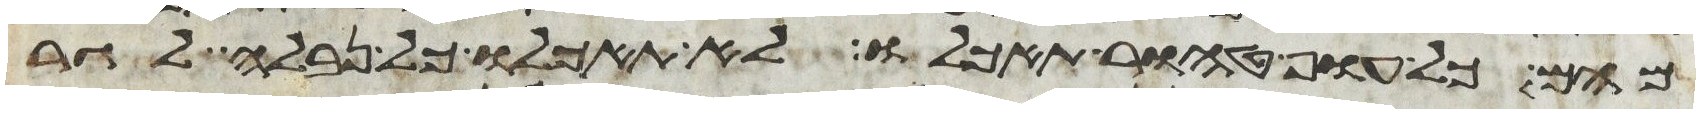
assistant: מהם כל עוף טהור תאכלו לא תאכלו כל נבלה לגר